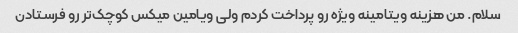
سلام. من هزینه ویتامینه ویژه رو پرداخت کردم ولی ویامین میکس کوچک‌تر رو فرستادن